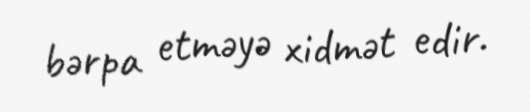
bərpa etməyə xidmət edir.